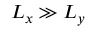
L _ { x } \gg L _ { y }